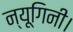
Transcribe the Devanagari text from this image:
न्यूगिनी।